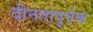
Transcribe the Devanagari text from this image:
दीनतापुर्वक